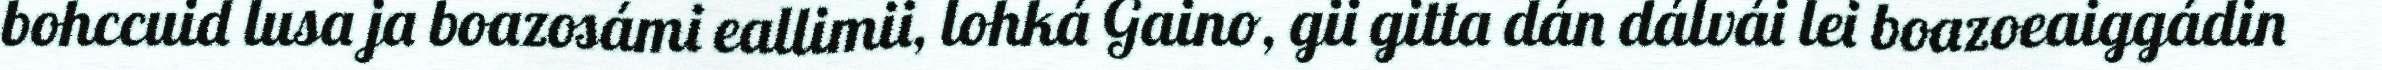
bohccuid lusa ja boazosámi eallimii, lohká Gaino, gii gitta dán dálvái lei boazoeaiggádin